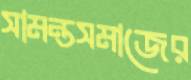
সামন্তসমাজের